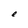
Character: e